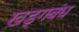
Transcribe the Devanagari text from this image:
ख़ड्गबंध